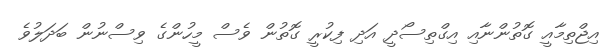
އިޖްތިމާއީ ގޮތުންނާއި އިގްތިސޯދީ އަދި ފިކުރީ ގޮތުން ވެސް މީހުންގެ ވިސްނުން ބަދަލުވެ